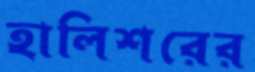
হালিশরের